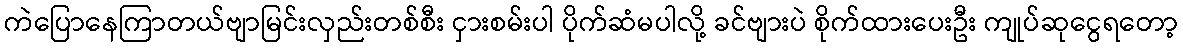
ကဲပြောနေကြာတယ်ဗျာမြင်းလှည်းတစ်စီး ငှားစမ်းပါ ပိုက်ဆံမပါလို့ ခင်ဗျားပဲ စိုက်ထားပေးဦး ကျုပ်ဆုငွေရတော့